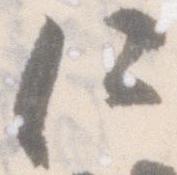
何